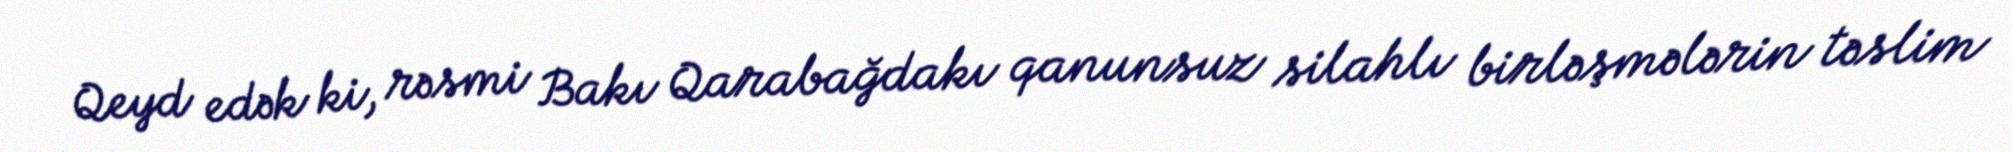
Qeyd edək ki, rəsmi Bakı Qarabağdakı qanunsuz silahlı birləşmələrin təslim